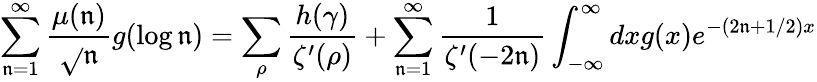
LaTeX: \sum_{\mathfrak{n}=1}^{\infty}{\frac{{\mu(\mathfrak{n})}}{{\sqrt{}{{\mathfrak{n}}}}}}g(\log\mathfrak{n})=\sum_{\rho}{\frac{{h(\gamma)}}{{\zeta^{\prime}(\rho)}}}+\sum_{\mathfrak{n}=1}^{\infty}{\frac{{1}}{{\zeta^{\prime}(-2\mathfrak{n})}}}\int_{-\infty}^{\infty}dxg(x)e^{-(2\mathfrak{n}+1/2)x}